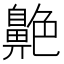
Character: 𦫱